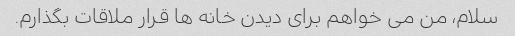
سلام، من می خواهم برای دیدن خانه ها قرار ملاقات بگذارم.